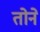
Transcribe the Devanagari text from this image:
तोने